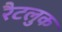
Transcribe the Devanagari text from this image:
रैटलुक